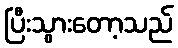
ပြီးသွားတော့သည်